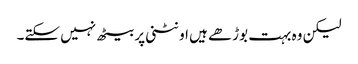
لیکن وہ بہت بوڑھے ہیں اونٹنی پر بیٹھ نہیں سکتے۔